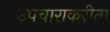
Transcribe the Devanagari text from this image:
उपचाराकरीता